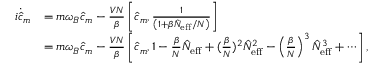
\begin{array} { r l } { i \dot { \hat { c } } _ { m } } & { = m \omega _ { B } \hat { c } _ { m } - \frac { V N } { \beta } \left[ \hat { c } _ { m } , \frac { 1 } { \left( 1 + \beta \hat { N } _ { \mathrm { e f f } } / N \right) } \right] } \\ & { = m \omega _ { B } \hat { c } _ { m } - \frac { V N } { \beta } \left[ \hat { c } _ { m } , 1 - \frac { \beta } { N } \hat { N } _ { \mathrm { e f f } } + ( \frac { \beta } { N } ) ^ { 2 } \hat { N } _ { \mathrm { e f f } } ^ { 2 } - \left( \frac { \beta } { N } \right) ^ { 3 } \hat { N } _ { \mathrm { e f f } } ^ { 3 } + \cdots \right] , } \end{array}